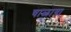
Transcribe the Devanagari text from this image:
चाळाया